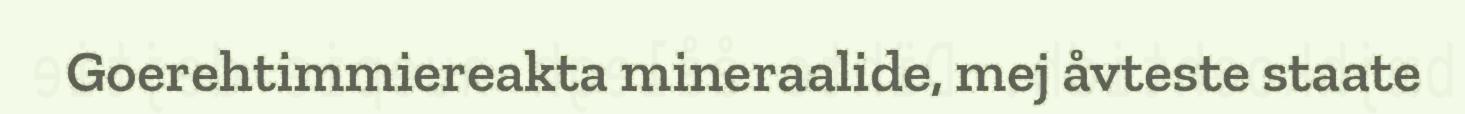
Goerehtimmiereakta mineraalide, mej åvteste staate